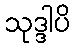
သုဒ္ဒါပိ